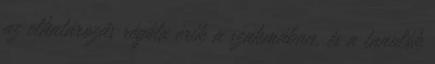
az elhatározás régóta érik a szakmában, és a tanulók